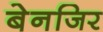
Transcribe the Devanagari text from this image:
बेनजिर